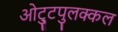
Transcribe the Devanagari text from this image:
ओट्टुपुलक्कल